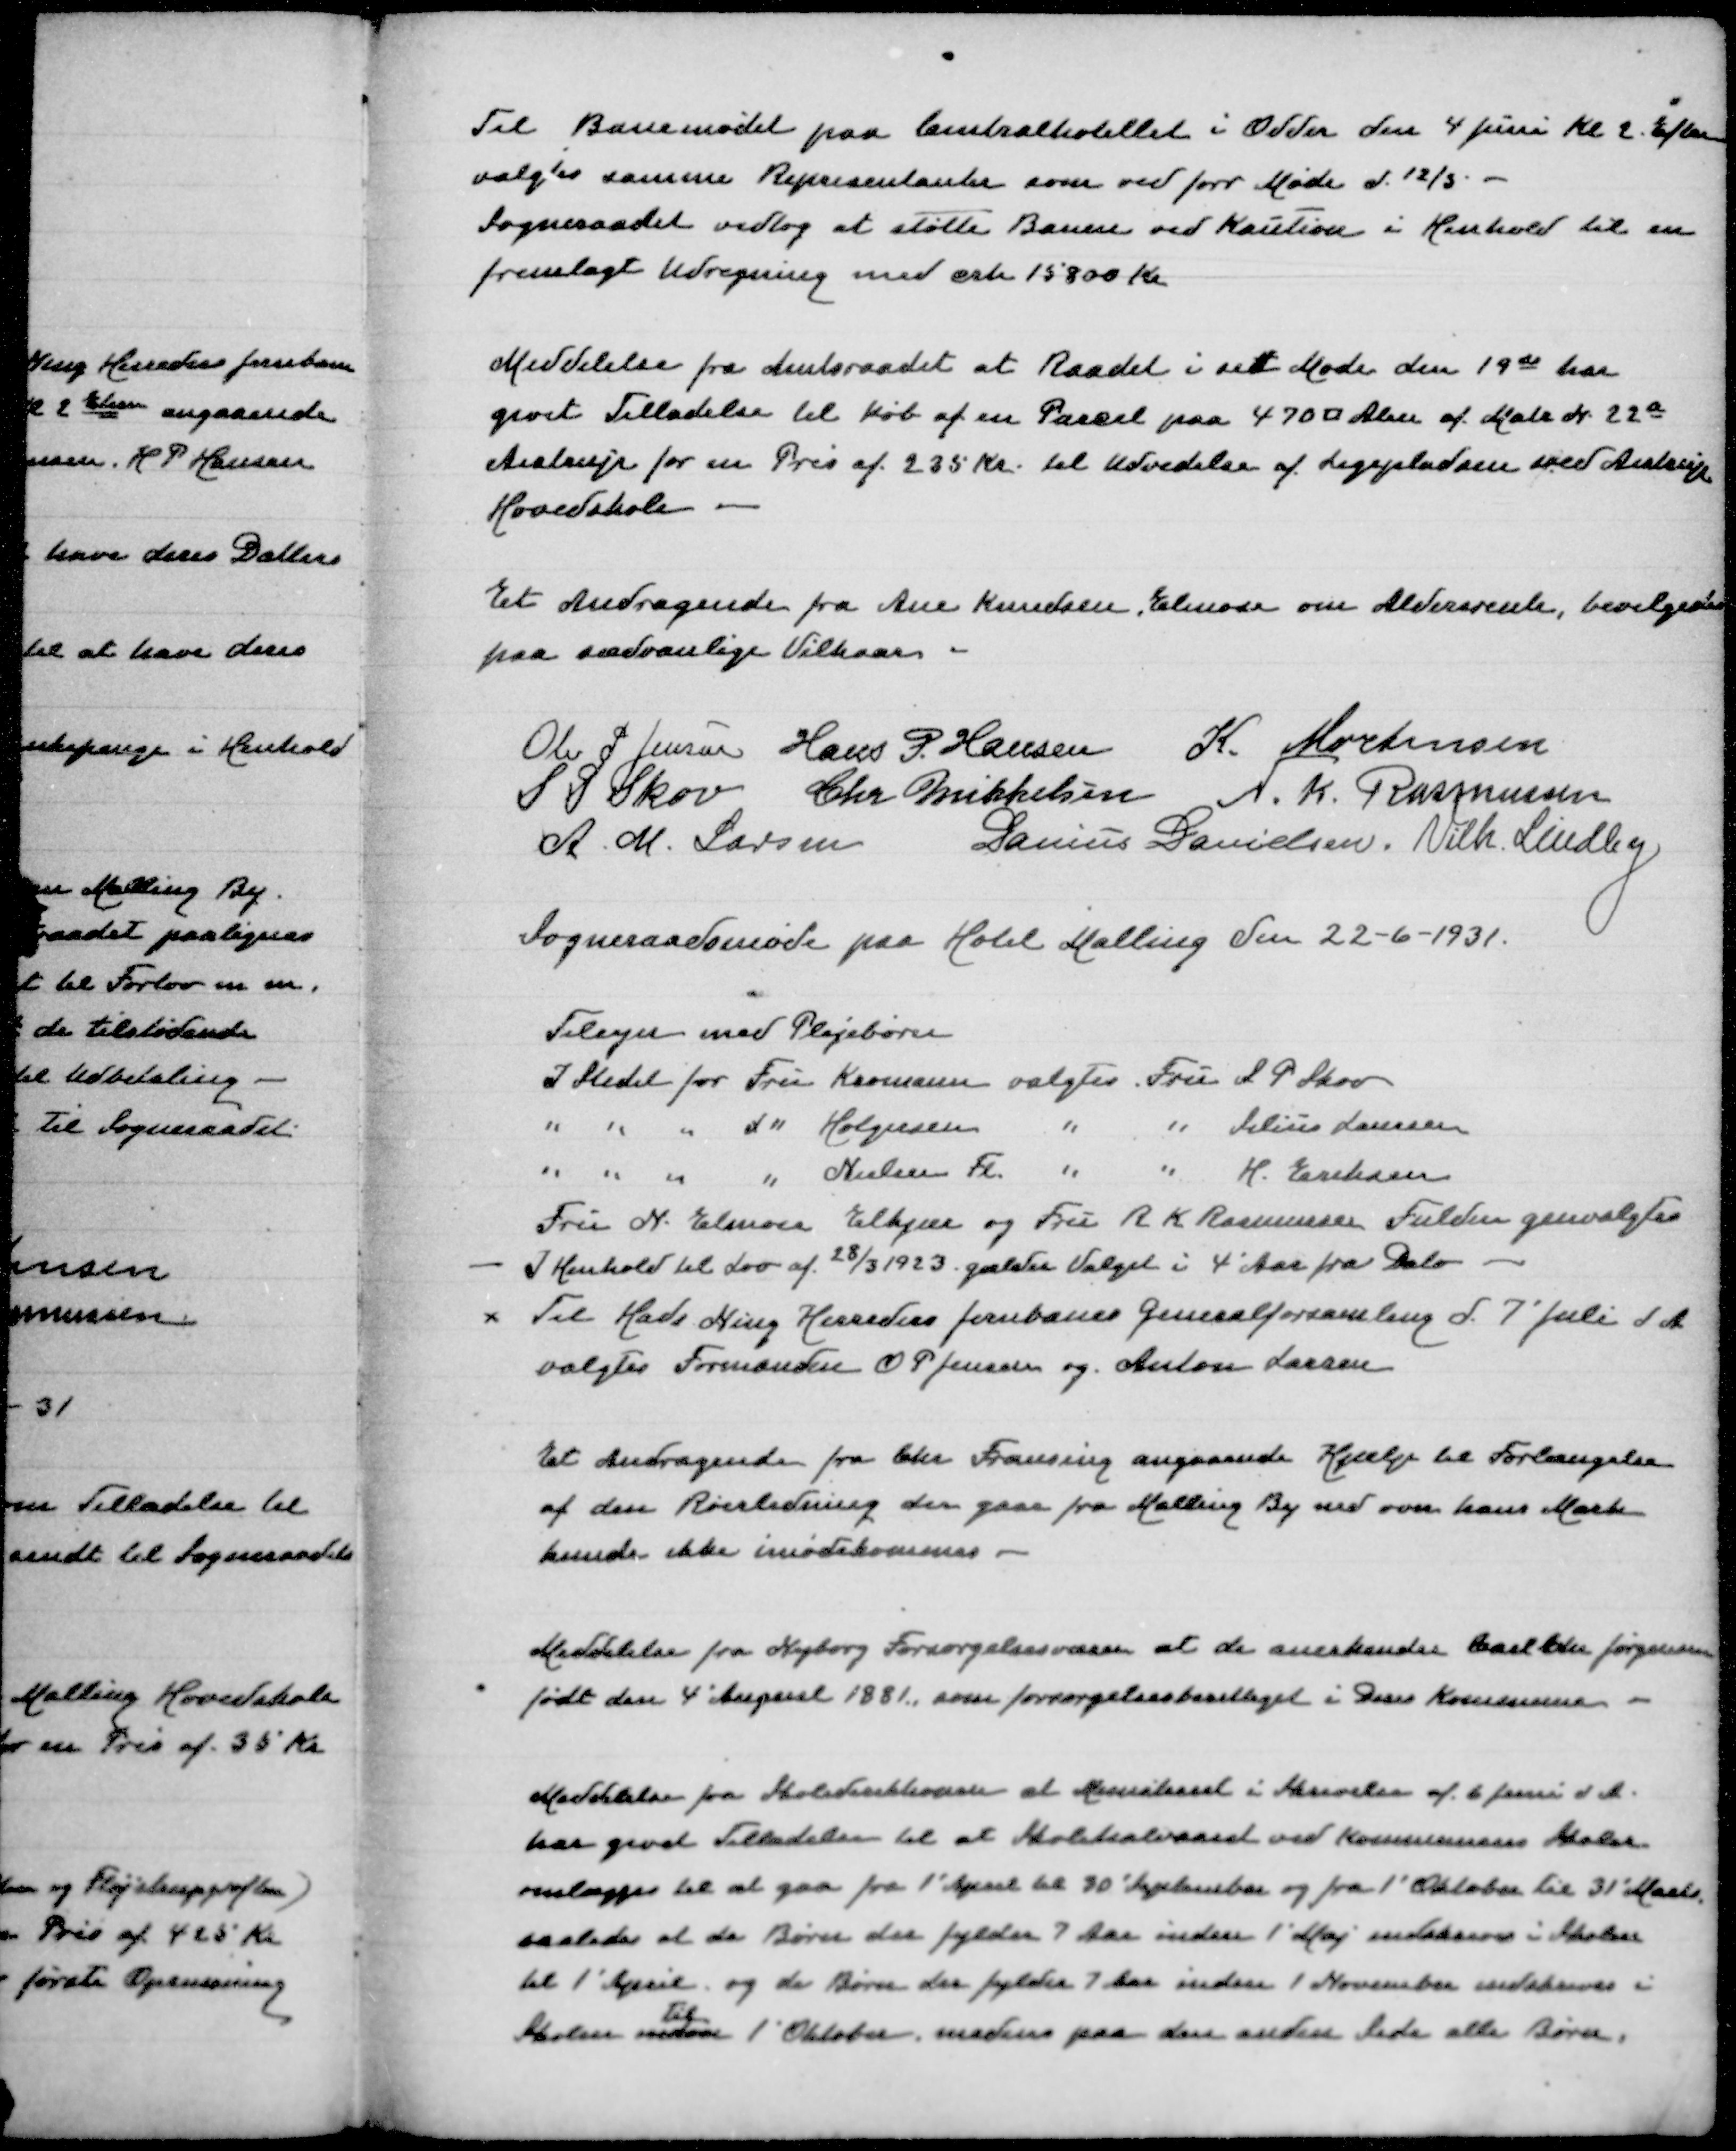
Transskription:
Til Banemødet paa Centralhotellet i Odder den 4 Juni Kl 2 Eftm
valgts samme Representanter som ved forr Møde d 12/3
Sogneraadet vedtog at støtte Banen ved Kaution i Henhold til en
fremlagt Udregning med crk 15800 Kr

Meddelelse fra Amtsraadet at Raadet i sit Møde den 19de har
givet Tilladelse til Køb af en Parcel 470 ؝ Alen af Matr N 22a
Aistrup for en Pris af 235 Kr til Udvidelse af Legepladsen ved Aistrup
Hovedskole

Et Andragende fra Ane Knudsen, Elmose om Aldersrente, bevilgedes
paa sædvanlige Vilkaar

Ole P Jensen
Hans P Hansen
K Mortensen
S P Skov
Chr Mikkelsen
N K Rasmussen
A M Larsen
Danius Danielsen
Vilh Lindby
Sogneraadsmøde paa Hotel Malling den 22-6-1931

Tilsyn med Plejebørn
I Stedet for Fru Kromann valgtes Fru S P Skov
" " " t " Holgersen " " Julius Laursen
" " " " Nielsen Fl " " H Eriksen
Fru N Elmose Elkjær og Fru R K Rasmussen Fulden genvalgtes
I Henhold til Lov af 28/3 1923 gælder Valget i 4 Aar fra Dato
Til Hads Ning Herreders Jenbanes Generalforsamling den 7' Juli d A
valgtes Formanden O P Jensen og Anton Larsen

Et Andragende fra Chr Frausing angaaende Hjælp til Forlængelse
af den Rørledning der gaar fra Malling By ned over hans Mark
kunde ikke imødekommes

Meddelelse fra Nyborg Forsørgelsesvæsen at de anerkender Carl Chr Jørgensen
født den 4' August 1881 som forsørgelsesberettiget i Deres Kommune

Meddelelse fra Skoledirektionen at Ministeriet i Skrivelse af 6 Juni d A
har givet Tilladelse til at Skolehalvaaret ved Kommunens Skole
omlægges til at gaa fra 1' April til 30' September og fra 1' Oktober til 31' Marts
saaledes at de børn der fylder 7 Aar inden 1' Maj indskrives i Skolen
til 1' April og de Børn der fylder 7 Aar inden 1' Novemberindskrives i
til
Skolen 1' Oktober Medens paa den anden Side alle Børn